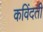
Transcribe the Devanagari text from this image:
कविंदती